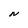
Character: N